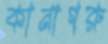
কানাগরু